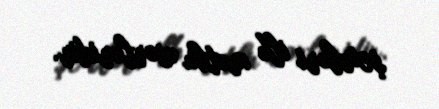
şeirləri ilk mətbu əsərləridir.